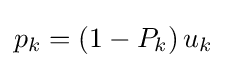
p_{k}=\left(1-P_{k}\right)u_{k}